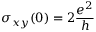
\sigma _ { x y } ( 0 ) = 2 \frac { e ^ { 2 } } { h }